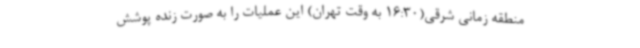
منطقه زمانی شرقی(16:30 به وقت تهران) این عملیات را به صورت زنده پوشش